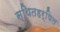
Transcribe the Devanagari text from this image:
स्थितहर्षिल